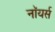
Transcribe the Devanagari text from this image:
नॉयर्स